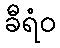
ခီရံဝ